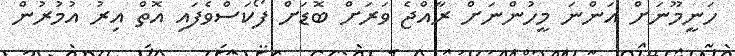
ހަނީމޫނަށް އަންނަ މީހުންނަށް ރާއްޖެ ވަރަށް ބޮޑަށް ފޯކަސްވެފައި އޮތް އިރު އުމުރުން